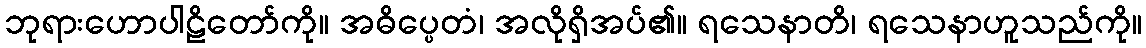
ဘုရားဟောပါဠိတော်ကို။ အဓိပ္ပေတံ၊ အလိုရှိအပ်၏။ ရသေနာတိ၊ ရသေနာဟူသည်ကို။